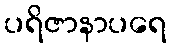
ပရိဇာနာပရေ